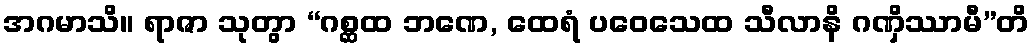
အဂမာသိ။ ရာဇာ သုတွာ “ဂစ္ဆထ ဘဏေ, ထေရံ ပဝေသေထ သီလာနိ ဂဏှိဿာမီ”တိ